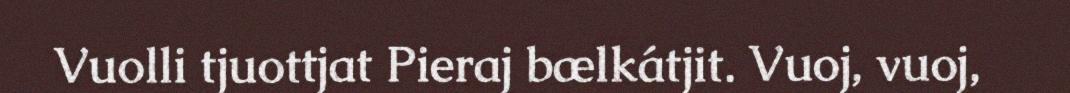
Vuolli tjuottjat Pieraj bælkátjit. Vuoj, vuoj,